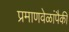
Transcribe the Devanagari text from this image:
प्रमाणवेळांपैकी